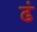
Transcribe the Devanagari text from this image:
ढं